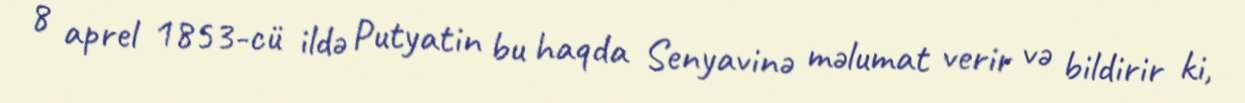
8 aprel 1853-cü ildə Putyatin bu haqda Senyavinə məlumat verir və bildirir ki,